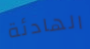
الهادئة